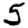
Digit: 5